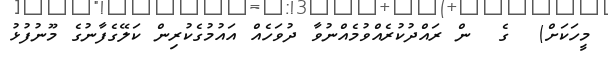
މީހަކަށް)  ގެ  ން ރައްދުކުރެއްވުމެއްނުވާ ދުވަހެއް އައުމުގެކުރިން ކަލޭގެފާނުގެ މޫނުފުޅު